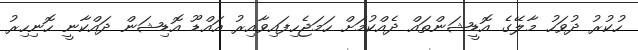
ހުކުރު ދުވަހު މާލޭގެ އޮޮޑީޝަންތައް ދެއްކުމަށް ހަމަޖެހިފައިވާއިރު އައްޑޫ އޮޑިޝަން ދައްކާނީ ހޮނިހިރު